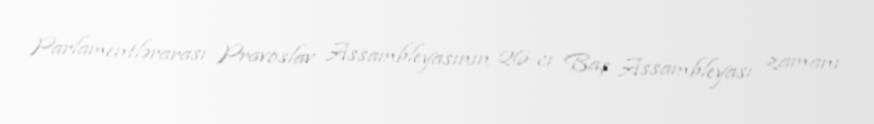
Parlamentlərarası Pravoslav Assambleyasının 26-cı Baş Assambleyası zamanı